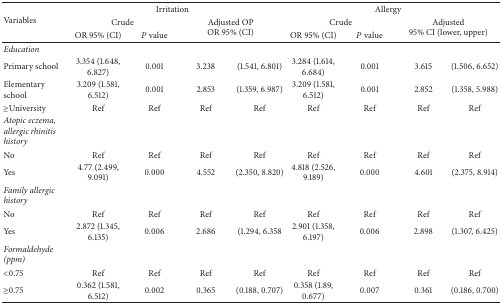
| <ROWSPAN=3> Variables | <COLSPAN=4> Irritation | <COLSPAN=4> Allergy |
 | <COLSPAN=2> Crude | <ROWSPAN=2-COLSPAN=2> Adjusted OPOR 95% (CI) | <COLSPAN=2> Crude | <ROWSPAN=2-COLSPAN=2> Adjusted 95% CI (lower, upper) |
 | OR 95% (CI) | P value | OR 95% (CI) | P value |
 | --- | --- | --- | --- | --- | --- | --- | --- | --- |
 | Education |  |  |  |  |  |  |  |  |
 | Primary school | 3.354 (1.648, 6.827) | 0.001 | 3.238 | (1.541, 6.801) | 3.284 (1.614, 6.684) | 0.001 | 3.615 | (1.506, 6.652) |
 | Elementary school | 3.209 (1.581, 6.512) | 0.001 | 2.853 | (1.359, 6.987) | 3.209 (1.581, 6.512) | 0.001 | 2.852 | (1.358, 5.988) |
 | ≥University | Ref | Ref | Ref | Ref | Ref | Ref | Ref | Ref |
 | Atopic eczema, allergic rhinitis history |  |  |  |  |  |  |  |  |
 | No | Ref | Ref | Ref | Ref | Ref | Ref | Ref | Ref |
 | Yes | 4.77 (2.499, 9.091) | 0.000 | 4.552 | (2.350, 8.820) | 4.818 (2.526, 9.189) | 0.000 | 4.601 | (2.375, 8.914) |
 | Family allergic history |  |  |  |  |  |  |  |  |
 | No | Ref | Ref | Ref | Ref | Ref | Ref | Ref | Ref |
 | Yes | 2.872 (1.345, 6.135) | 0.006 | 2.686 | (1.294, 6.358 | 2.901 (1.358, 6.197) | 0.006 | 2.898 | (1.307, 6.425) |
 | Formaldehyde (ppm) |  |  |  |  |  |  |  |  |
 | <0.75 | Ref | Ref | Ref | Ref | Ref | Ref | Ref | Ref |
 | ≥0.75 | 0.362 (1.581, 6.512) | 0.002 | 0.365 | (0.188, 0.707) | 0.358 (1.89, 0.677) | 0.007 | 0.361 | (0.186, 0.700) |